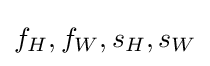
f_{H},f_{W},s_{H},s_{W}